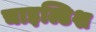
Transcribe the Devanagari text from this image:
चाइल्डिश